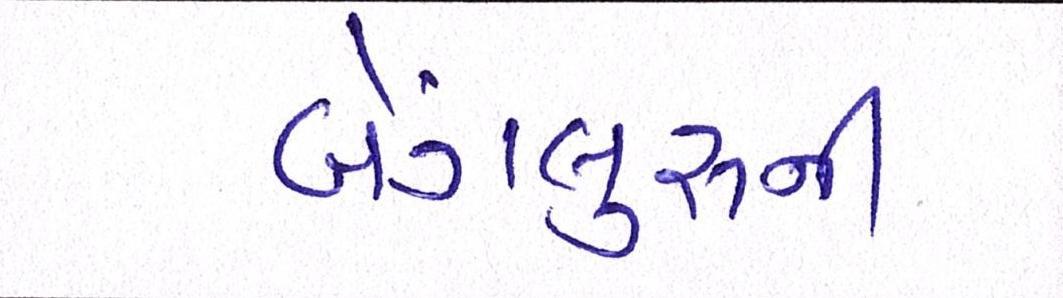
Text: બેંગલુરૂની